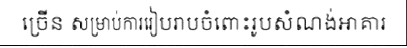
ច្រើន សម្រាប់ការរៀបរាបចំពោះរូបសំណង់អាគារ